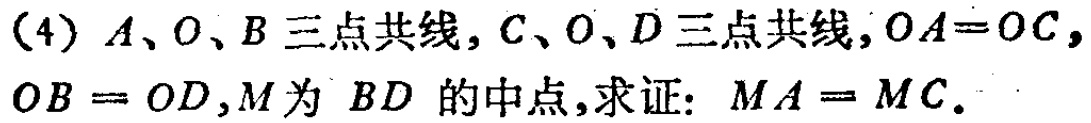
(4) \(A、O、B\)三点共线，\(C、O、D\)三点共线，\(OA = OC\)，\(OB = OD\)，\(M\)为 \(BD\) 的中点，求证：\(MA = MC\)。